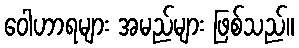
ဝေါဟာရများ အမည်များ ဖြစ်သည်။